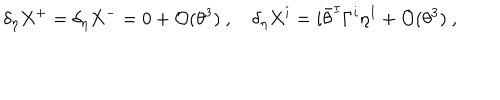
LaTeX: \delta _ { \eta } X ^ { + } = \delta _ { \eta } X ^ { - } = 0 + { \mathcal O } ( \theta ^ { 3 } ) ~ , ~ \delta _ { \eta } X ^ { i } = i \bar { \theta } ^ { I } \Gamma ^ { i } \eta ^ { I } + { \mathcal O } ( \theta ^ { 3 } ) ~ ,